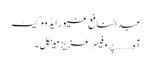
عبدالنافع غیور ایڈووکیٹ
آہ…….. پروفیسر عزیز مینگل ۔